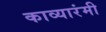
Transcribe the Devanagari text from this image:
काव्यारंमी